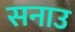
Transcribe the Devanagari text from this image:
सनाउ